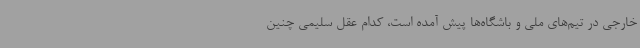
خارجی در تیم‌های ملی و باشگاه‌ها پیش آمده است، کدام عقل سلیمی چنین